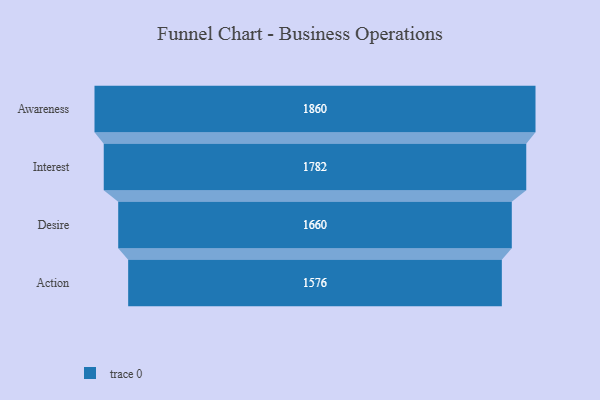
{"axis": {"x": "Stage", "y": "Value"}, "legend": [""], "data": [{"x": "Awareness", "y": 1860.0, "type": ""}, {"x": "Interest", "y": 1782.0, "type": ""}, {"x": "Desire", "y": 1660.0, "type": ""}, {"x": "Action", "y": 1576.0, "type": ""}]}